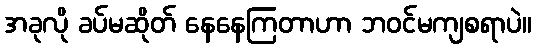
အခုလို ခပ်မဆိုတ် နေနေကြတာဟာ ဘဝင်မကျစရာပဲ။